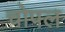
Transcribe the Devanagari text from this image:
चोपल